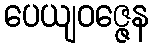
ပေယျဝဇ္ဇေန